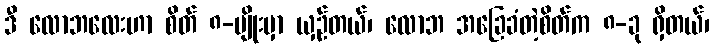
ဒီ လောဘလေးဟာ စိတ် ၈-မျိုးမှာ ယှဉ်တယ်၊ လောဘ အခြေခံတဲ့စိတ်က ၈-ခု ရှိတယ်၊